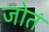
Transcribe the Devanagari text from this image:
जोतं